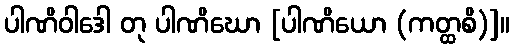
ပါဏိဝါဒေါ တု ပါဏိဃော [ပါဏိယော (ကတ္ထစိ)]။